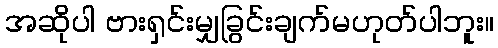
အဆိုပါ ဗားရှင်းမျှခြွင်းချက်မဟုတ်ပါဘူး။